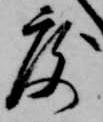
度